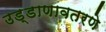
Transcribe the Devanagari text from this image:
उड्डाणावतरणे